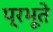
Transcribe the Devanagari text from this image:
प्रभूते